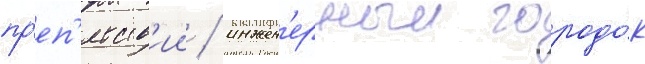
пр'еп'ятств'ии / инжен'ерныи городо́к